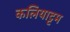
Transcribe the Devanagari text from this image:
कलियाट्टम